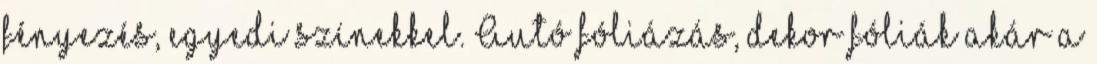
fényezés, egyedi színekkel. Autó fóliázás, dekor fóliák akár a